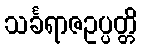
သင်္ခရာဇဥပ္ပတ္တိ